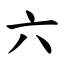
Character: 六